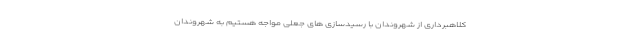
کلاهبرداری از شهروندان با رسیدسازی های جعلی مواجه هستیم به شهروندان